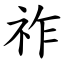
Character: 祚